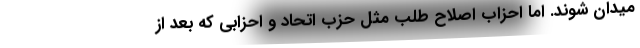
میدان شوند. اما احزاب اصلاح طلب مثل حزب اتحاد و احزابی که بعد از